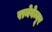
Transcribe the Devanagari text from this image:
रानेवेन्नूर